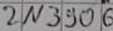
Text: 2N3906